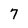
Character: 7